NAE_EAA_T-354_Tartu_Tamme_Gumnaasium, lk 7
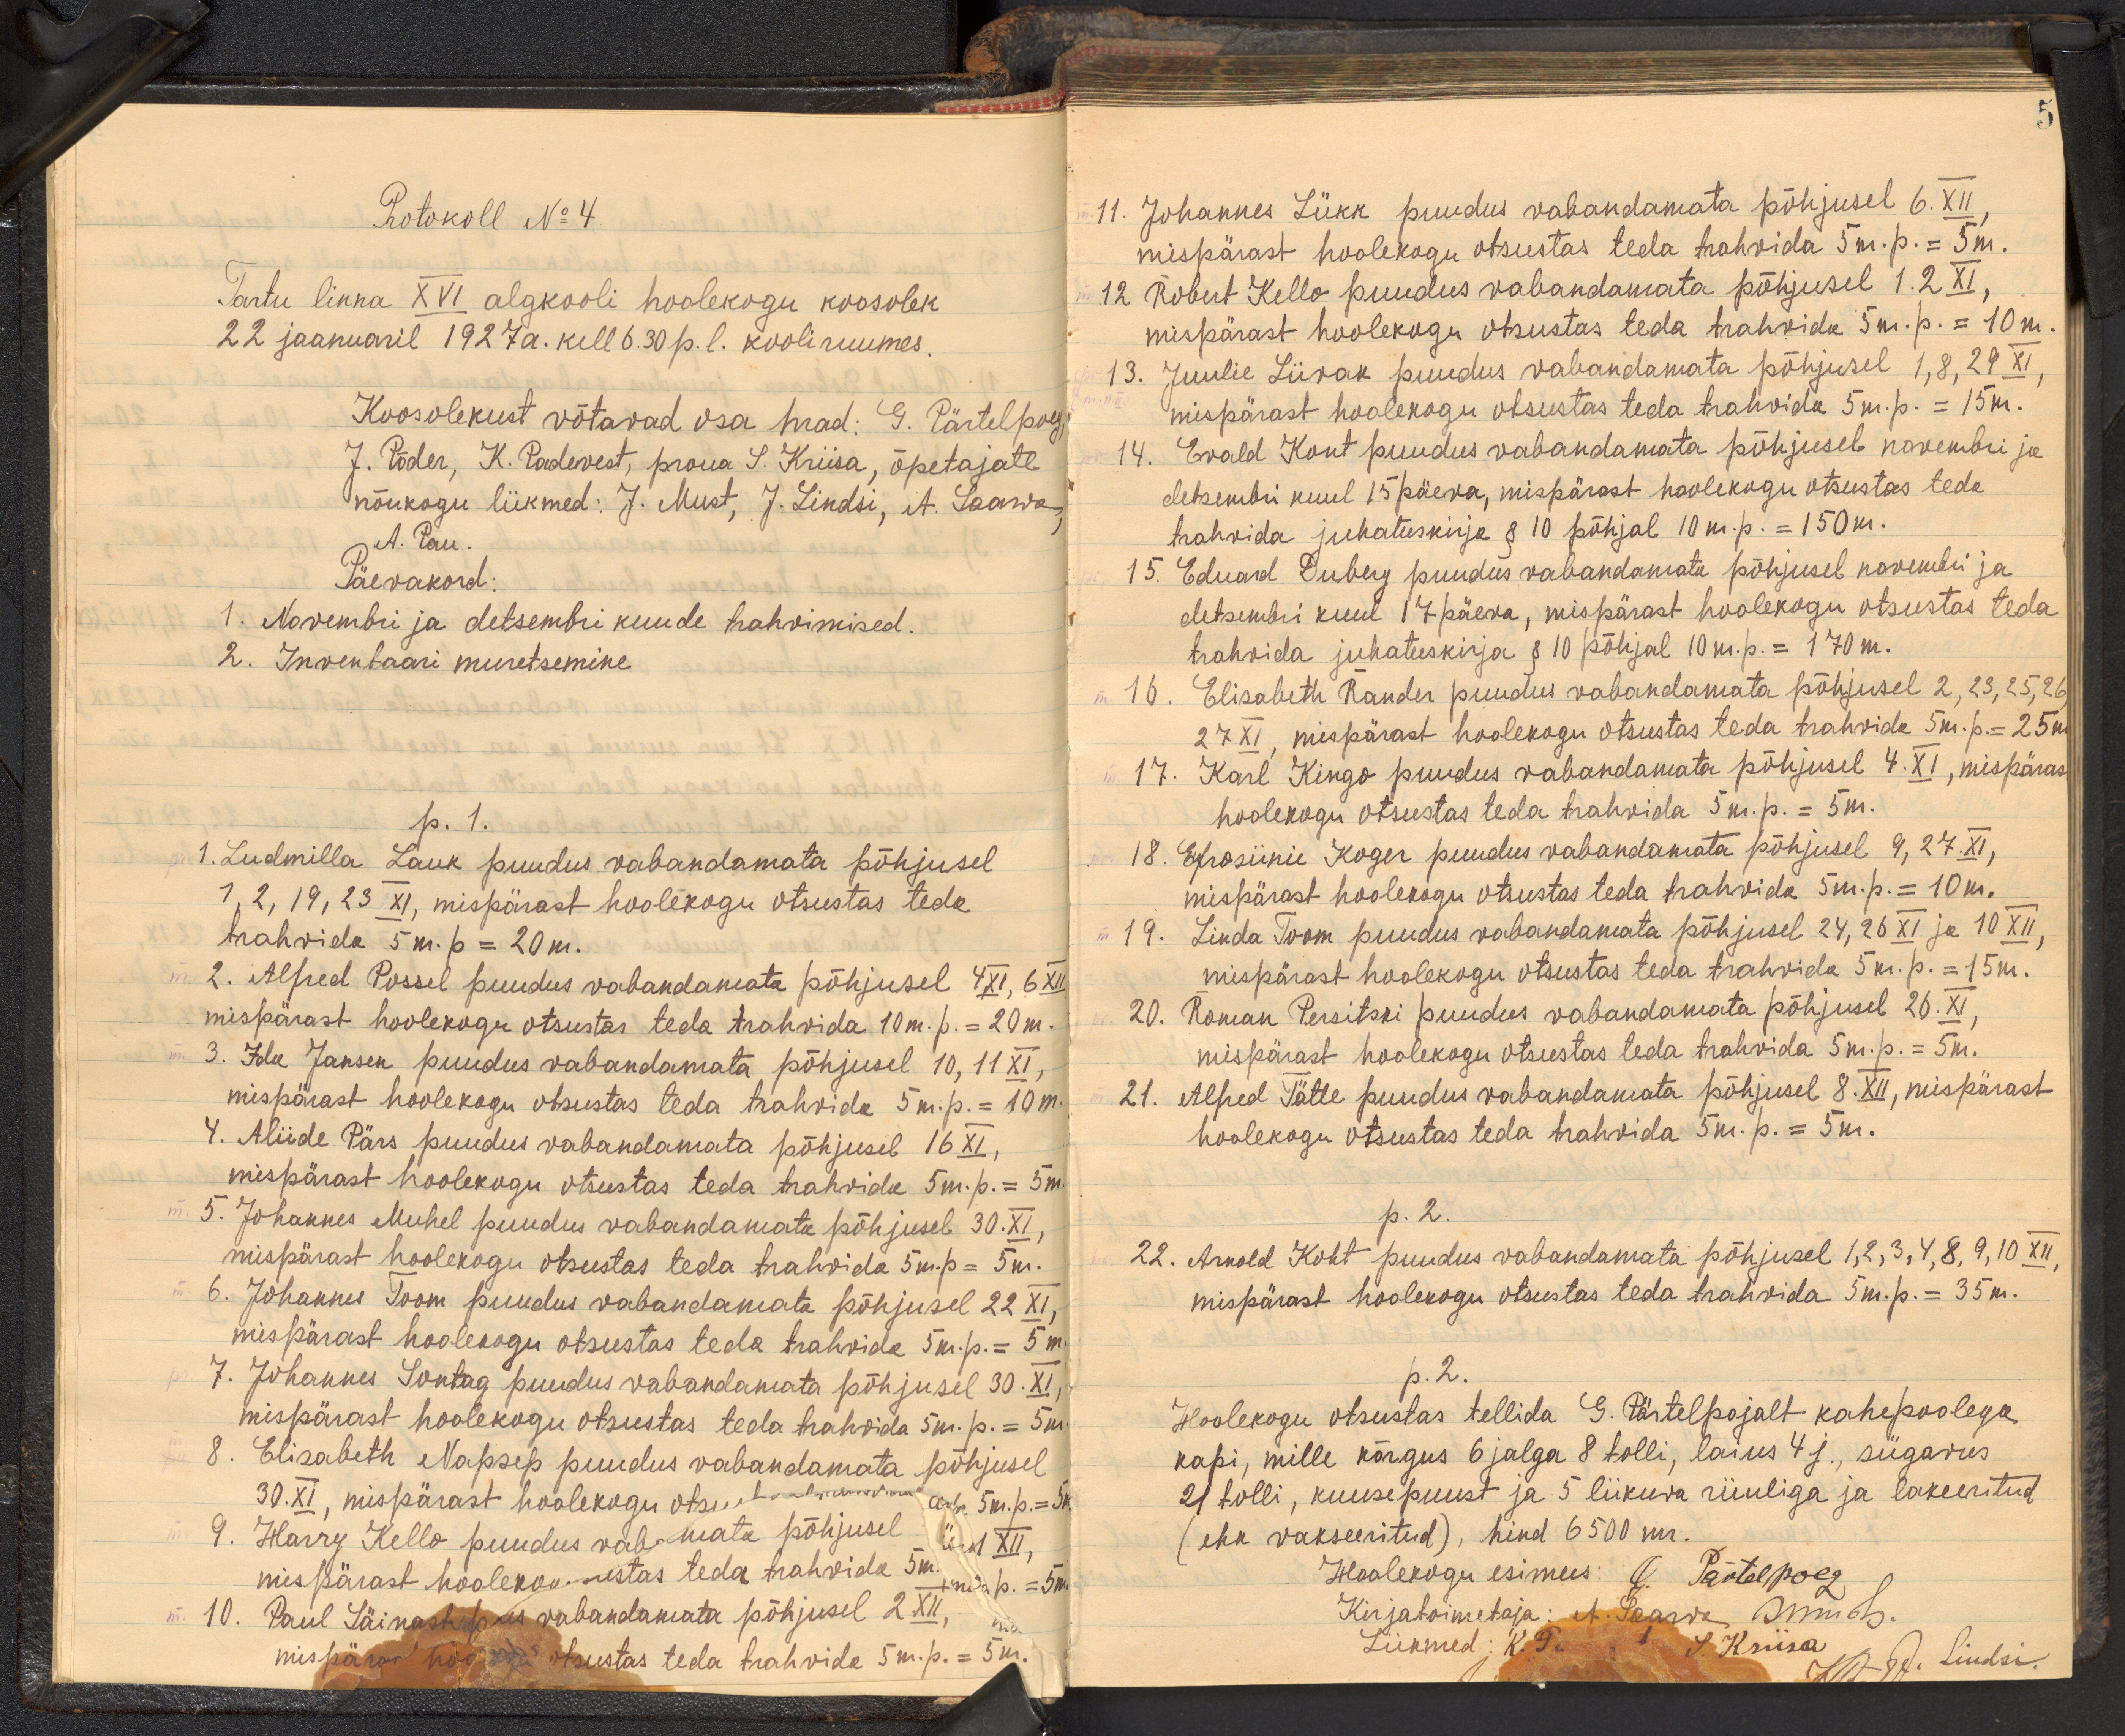
5

Protokoll No 4.
Tartu linna XVI algkooli hoolekogu koosolek
22 jaanuaril 1927a. kell 6.30 p. l. kooli ruumes.
Koosolekust võtavad osa hrad: G. Pärtelpoeg,
J. Põder, K. Padevest, proua S. Kriisa, õpetajate
nõukogu liikmed: J. Must, J. Lindsi, A. Saawa,
A. Pau.
Päevakord
1. Nowembri ja detsembri kuude trahvimised.
2. Inventaari muretsemine
p. 1.
1. Ludmilla Lauk puudus vabandamata põhjusel
1, 2,19, 23 XI, mispärast hoolekogu otsustas teda
trahvida 5 m.p = 20m.
2. Alfred Possel puudus vabandamata põhjusel 4 XI, 6XII
mispärast hoolekogu otsustas teda trahvida 10m. p. = 20m.
3. Ida Jansen puudus vabandamata põhjusel 10, 11 XI.
mispärast hoolekogu otsustas teda trahvida 5 m.p. = 10 m.
4. Aliide Pärs puudus vabandamata põhjusel 16 XI,
mispärast hoolekogu otsustas teda trahvida 5 m.p. = 5m.
5. Johannes Muhel puudus vabandamata põhjusel 30.XI.
mispärast hoolekogu otsustas teda trahvida 5m.p = 5m.
6. Johannes Toom puudus vabandamata põhjusel 22 XI.
mispärast hoolekogu otsustas teda trahvida 5 m.p. = 5 m.-
7. Johannes Sontag puudus vabandamata põhjusel 30. XI
mispärast hoolekogu otsustas teda hahvida 5 m. p. = 5m.
8. Elisabeth Napsep puudus vabandamata põhjusel
30.XI, mispärast hoolekogu otsu 5 m.p. =5 m.
9. Harry Kello puudus vab mata põhjusel 1 XII,
mispärast hooleko stas teda trahvida 5m. p. = 5m
10. Paul Säina vabandamata põhjusel 2 XII,
mispära tsustas teda trahvide 5 m. p. = 5 m.

11. Johannes Lükk puudus vabandamata põhjusel 6.XII
mispärast hoolekogu otsustas teda trahvida 5 m. p. = 5m.
12 Robert Kello puudus vabandamata põhjusel 1. 2 XI,
mispärast hoolekogu otsustas teda trahvidu 5 m.p. = 10 m.
13. Juulie Liivak puudus vabandamata põhjusel 1, 8, 29 XI
mispärast hoolekogu otsustas teda trahvida 5 m. p. = 15m.
14. Evald Kont puudus vabandamata põhjuseb novembri ja
detsembri kuul 15 päeva, mispärast hoolekogu otsustas teda
trahvida juhatuskirja § 10 põhjal 10 m. p. = 150 m.
15. Eduard Duberg puudus vabandamata põhjusel novembri ja
detsembri kuul 17 päeva, mispärast hoolekogu otsustas teda
trahvida juhatuskirja § 10 põhjal 10 m. p. = 170 m.
16. Elisabeth Rander puudus vabandamata põhjusel 2, 23, 25, 26
27 XI, mispärast hoolekogu otsustas teda trahvide 5m. p. = 25 m.
17. Karl Kingo puudus vabandamata põhjusel 4.XI, mispärast
hoolekogu otsustas teda trahvida 5 m. p. = 5m.
18. Efrosiinie Koger puudus vabandamata põhjusel 9, 27.XI,
mispärast hoolekogu otsustas teda trahvida 5 m.p. = 10m.
19. Linda Toom puudus vabandamata põhjusel 24, 26 XI ja 10 XII,
mispärast hoolekogu otsustas teda trahvida 5 m. p. = 15m.
20. Roman Persitski puudus vabandamata põhjusel 26. XI
mispärast hoolekogu otsustas teda trahvida 5 m. p. = 5m.
21. Alfred Tätte puudus vabandamata põhjusel 8. XII, mispärast
hoolekogu otsustas teda trahvida 5 m. p. = 5m.
p. 2.
22. Arnold Koht puudus vabandamata põhjusel 1, 2, 3, 4, 8, 9,10 XII,
mispärast hoolekogu otsustas teda trahvida 5 m. p. - 35 m.
p.2.
Hoolekogu otsustas tellida G. Pärtelpojalt kahepoolega
kapi, mille kõrgus 6 jalga 8 tolli, laius 4 j., sügavus
21 tolli, kuusepuust ja 5 liikuva riiuliga ja lakeeritud
(ehk vakseeritud), hind 6500 mr.
Hoolekogu esimees: O. Pältelpoeg
Kirjatoimetaja: et Saarva Лепидь.
Liikmed: K. Pe: I. Kriisa A. Lindsi